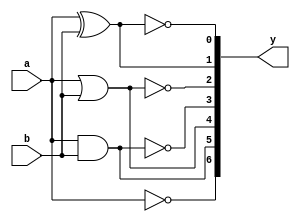
module logic_gate(a,b,y);
 input a,b;
 output[0:6]y;
 assign y[0]=~a;
 assign y[1]=a&b;
 assign y[2]=a|b;
 assign y[3]=~(a&b);
 assign y[4]=~(a|b);
 assign y[5]=a^b;
 assign y[6]=~(a^b);
endmodule
module testbench;
 reg a,b;wire[0:6] y;
 logic_gate lg(a,b,y);
 initial begin
  #10 $monitor($time,"a=%b,b=%b,y=%b",a,b,y);
  #10 a=0;b=0;
  #10 a=0;b=1;
  #10 a=1;b=0;
  #10 a=1;b=1;
  #10 $finish;
 end
endmodule